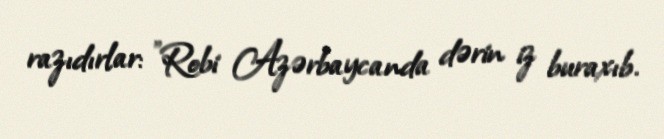
razıdırlar: "Robi Azərbaycanda dərin iz buraxıb.